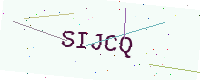
Text: SIJCQ